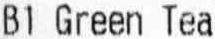
B1 GREEN TEA